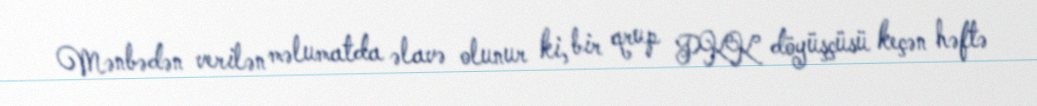
Mənbədən verilən məlumatda əlavə olunur ki, bir qrup PKK döyüşçüsü keçən həftə